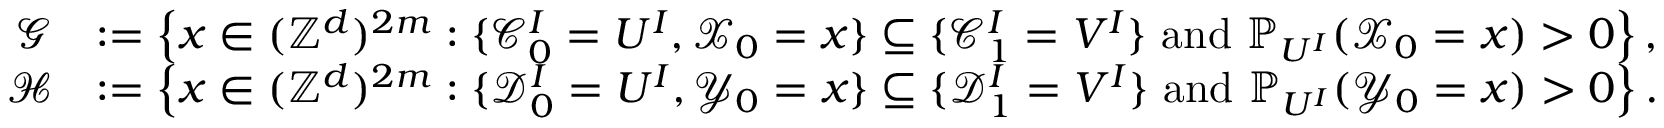
\begin{array} { r l } { \mathcal G } & { : = \left\{ x \in ( \mathbb { Z } ^ { d } ) ^ { 2 m } : \{ \mathscr { C } _ { 0 } ^ { I } = U ^ { I } , \mathcal X _ { 0 } = x \} \subseteq \{ \mathscr { C } _ { 1 } ^ { I } = V ^ { I } \} \, \, \mathrm { a n d } \, \, \mathbb { P } _ { U ^ { I } } ( \mathcal X _ { 0 } = x ) > 0 \right\} , } \\ { \mathcal H } & { : = \left\{ x \in ( \mathbb { Z } ^ { d } ) ^ { 2 m } : \{ \mathscr { D } _ { 0 } ^ { I } = U ^ { I } , \mathcal Y _ { 0 } = x \} \subseteq \{ \mathscr { D } _ { 1 } ^ { I } = V ^ { I } \} \, \, \mathrm { a n d } \, \, \mathbb { P } _ { U ^ { I } } ( \mathcal Y _ { 0 } = x ) > 0 \right\} . } \end{array}